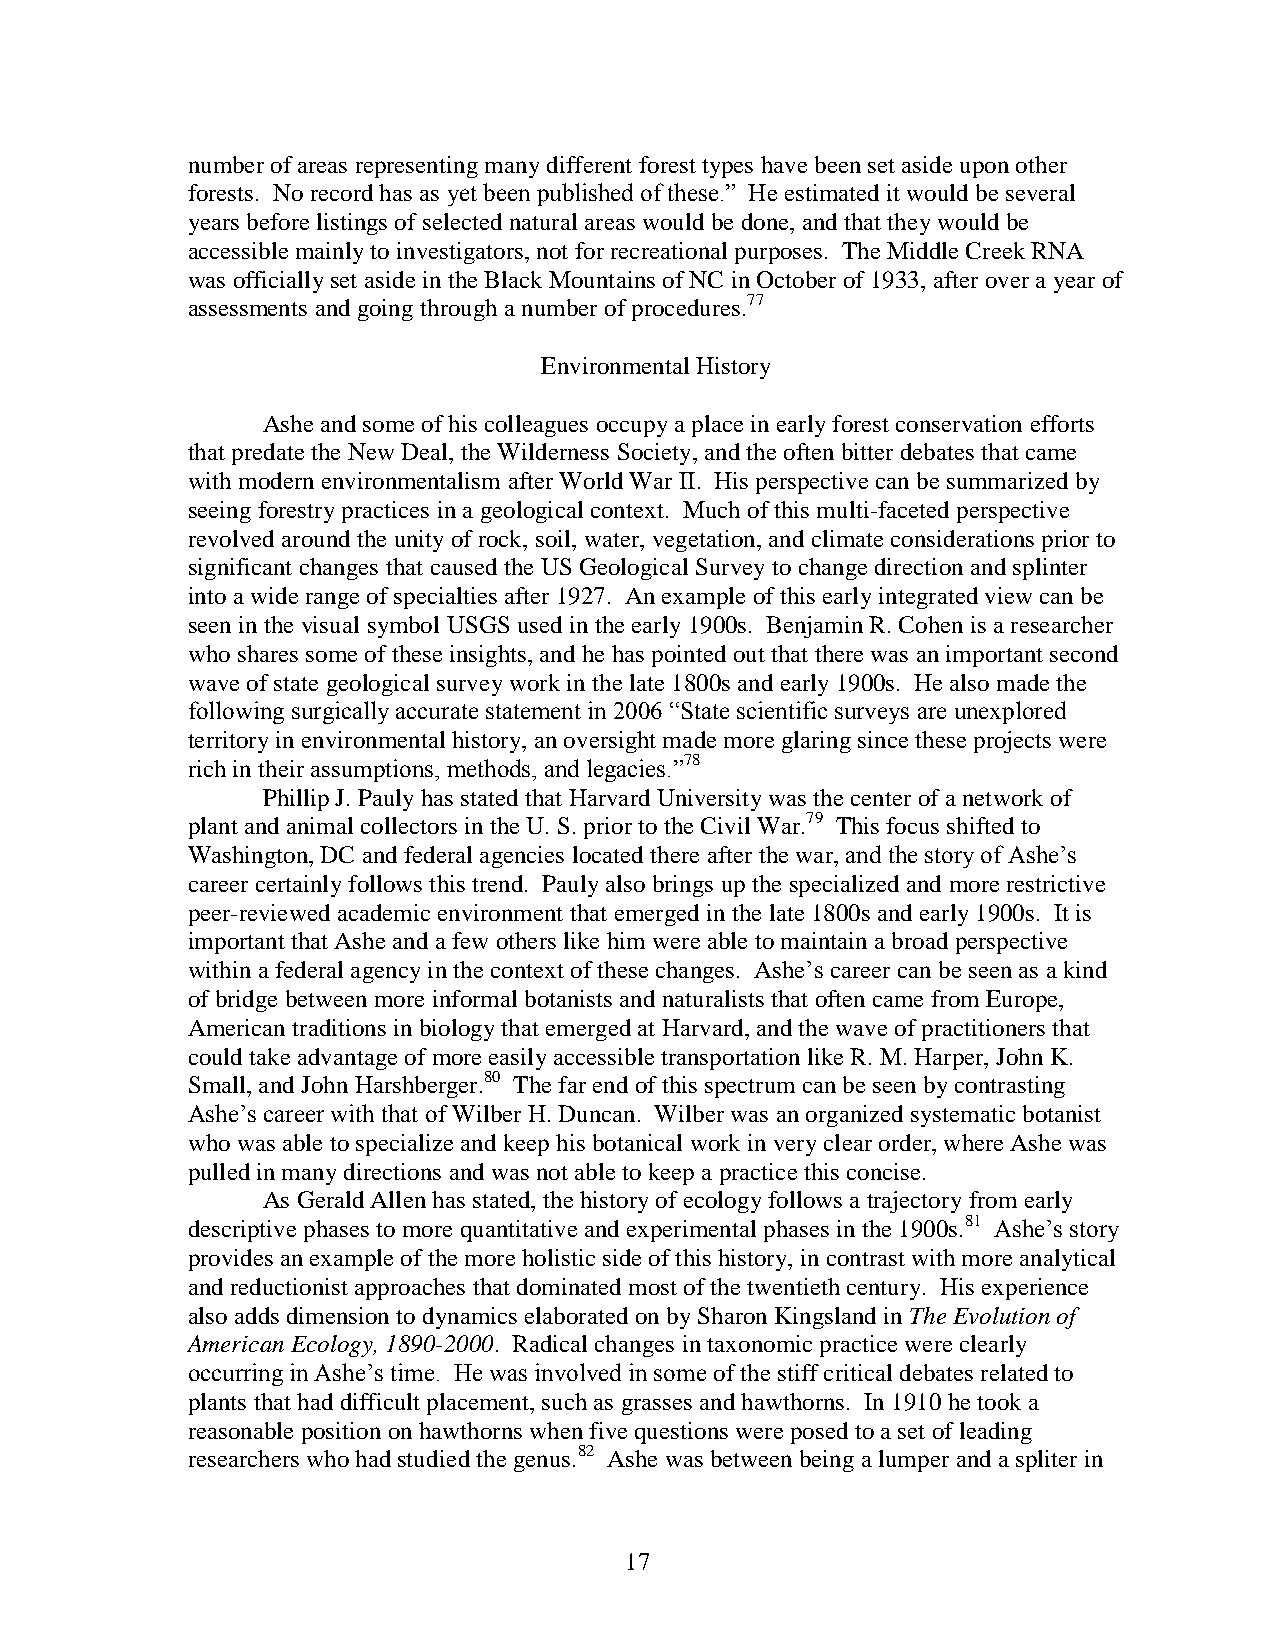
number of areas representing many different forest types have been set aside upon other
 forests. No record has as yet been published of these.” He estimated it would be several
 years before listings of selected natural areas would be done, and that they would be
 accessible mainly to investigators, not for recreational purposes. The Middle Creek RNA
 was officially set aside in the Black Mountains of NC in October of 1933, after over a year of
 assessments and going through a number of procedures.77
 Environmental History
 Ashe and some of his colleagues occupy a place in early forest conservation efforts
 that predate the New Deal, the Wilderness Society, and the often bitter debates that came
 with modern environmentalism after World War II. His perspective can be summarized by
 seeing forestry practices in a geological context. Much of this multi-faceted perspective
 revolved around the unity of rock, soil, water, vegetation, and climate considerations prior to
 significant changes that caused the US Geological Survey to change direction and splinter
 into a wide range of specialties after 1927. An example of this early integrated view can be
 seen in the visual symbol USGS used in the early 1900s. Benjamin R. Cohen is a researcher
 who shares some of these insights, and he has pointed out that there was an important second
 wave of state geological survey work in the late 1800s and early 1900s. He also made the
 following surgically accurate statement in 2006 “State scientific surveys are unexplored
 territory in environmental history, an oversight made more glaring since these projects were
 rich in their assumptions, methods, and legacies.”78
 Phillip J. Pauly has stated that Harvard University was the center of a network of
 plant and animal collectors in the U. S. prior to the Civil War.79 This focus shifted to
 Washington, DC and federal agencies located there after the war, and the story of Ashe’s
 career certainly follows this trend. Pauly also brings up the specialized and more restrictive
 peer-reviewed academic environment that emerged in the late 1800s and early 1900s. It is
 important that Ashe and a few others like him were able to maintain a broad perspective
 within a federal agency in the context of these changes. Ashe’s career can be seen as a kind
 of bridge between more informal botanists and naturalists that often came from Europe,
 American traditions in biology that emerged at Harvard, and the wave of practitioners that
 could take advantage of more easily accessible transportation like R. M. Harper, John K.
 Small, and John Harshberger.80 The far end of this spectrum can be seen by contrasting
 Ashe’s career with that of Wilber H. Duncan. Wilber was an organized systematic botanist
 who was able to specialize and keep his botanical work in very clear order, where Ashe was
 pulled in many directions and was not able to keep a practice this concise.
 As Gerald Allen has stated, the history of ecology follows a trajectory from early
 descriptive phases to more quantitative and experimental phases in the 1900s.81 Ashe’s story
 provides an example of the more holistic side of this history, in contrast with more analytical
 and reductionist approaches that dominated most of the twentieth century. His experience
 also adds dimension to dynamics elaborated on by Sharon Kingsland in The Evolution of
 American Ecology, 1890-2000. Radical changes in taxonomic practice were clearly
 occurring in Ashe’s time. He was involved in some of the stiff critical debates related to
 plants that had difficult placement, such as grasses and hawthorns. In 1910 he took a
 reasonable position on hawthorns when five questions were posed to a set of leading
 researchers who had studied the genus.82 Ashe was between being a lumper and a spliter in
 17